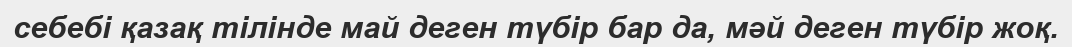
себебі қазақ тілінде май деген түбір бар да, мәй деген түбір жоқ.